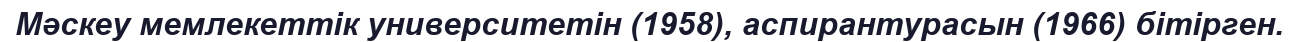
Мәскеу мемлекеттік университетін (1958), аспирантурасын (1966) бітірген.